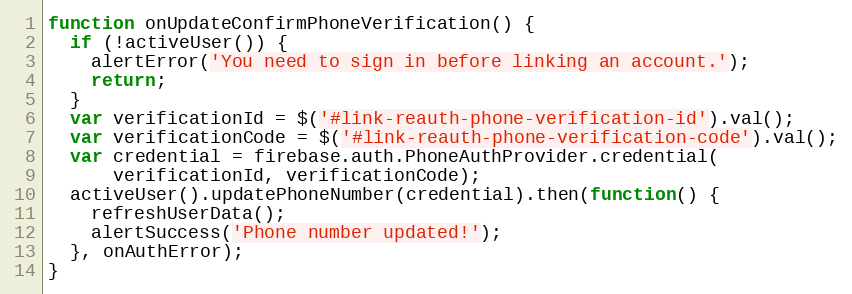
Language: JavaScript
function onUpdateConfirmPhoneVerification() {
  if (!activeUser()) {
    alertError('You need to sign in before linking an account.');
    return;
  }
  var verificationId = $('#link-reauth-phone-verification-id').val();
  var verificationCode = $('#link-reauth-phone-verification-code').val();
  var credential = firebase.auth.PhoneAuthProvider.credential(
      verificationId, verificationCode);
  activeUser().updatePhoneNumber(credential).then(function() {
    refreshUserData();
    alertSuccess('Phone number updated!');
  }, onAuthError);
}